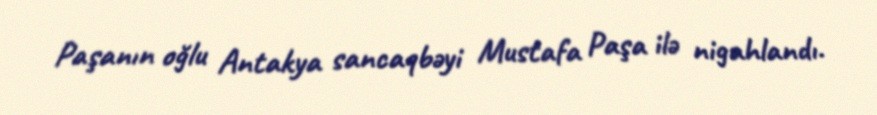
Paşanın oğlu Antakya sancaqbəyi Mustafa Paşa ilə nigahlandı.